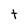
Character: t